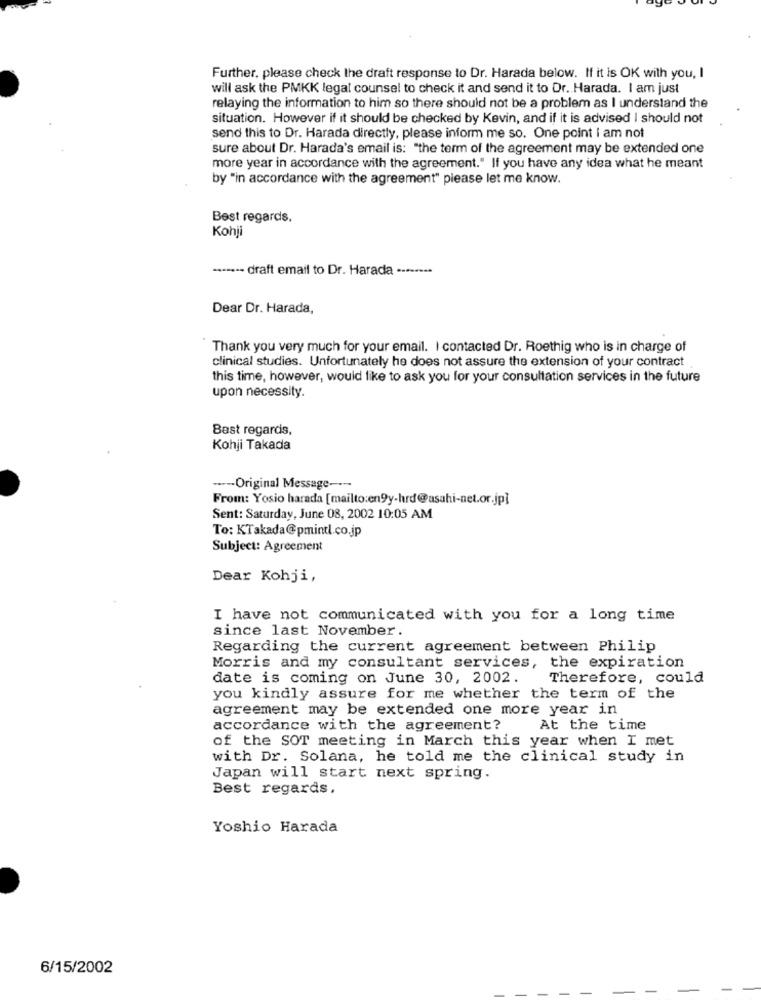
Further, please check the draft response to Dr. Harada below. If it is OK with you, I
will ask the PMKK legal counsel to check it and send it to Dr. Harada. I am just
relaying the information to him so there should not be a problem as I understand the
situation. However if it should be checked by Kevin, and if it is advised I should not
send this to Dr. Harada directly, please inform me so. One point I am not
sure about Dr. Harada's email is: "the term of the agreement may be extended one
more year in accordance with the agreement." If you have any idea what he meant
by "in accordance with the agreement" please let me know.
Best regards.
Kohji
··---- draft email to Dr. Harada --------
Dear Dr. Harada,
Thank you very much for your email. I contacted Dr. Roethig who is in charge of
clinical studies. Unfortunately he does not assure the extension of your contract
this time, however, would like to ask you for your consultation services in the future
upon necessity.
Best regards,
Kohji Takada
----- Original Message ----
From: Yosio harada [mailto:en9y-hrd@asahi-net.or.jp]
Sent: Saturday, June 08, 2002 10:05 AM
To: KTakada@pmintl.co.jp
Subject: Agreement
Dear Kohji,
I have not communicated with you for a long time
since last November.
Regarding the current agreement between Philip
Morris and my consultant services, the expiration
date is coming on June 30, 2002.
Therefore, could
you kindly assure for me whether the term of the
agreement may be extended one more year in
accordance with the agreement?
At the time
of the SOT meeting in March this year when I met
with Dr. Solana, he told me the clinical study in
Japan will start next spring.
Best regards.
Yoshio Harada
6/15/2002